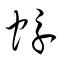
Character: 蜉